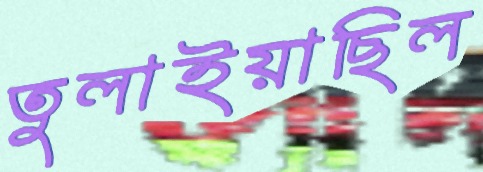
তুলাইয়াছিল